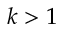
k > 1